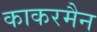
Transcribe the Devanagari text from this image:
काकरमैन